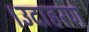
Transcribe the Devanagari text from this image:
।उदाहरण